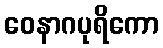
ဝေနာဂပုရိကော